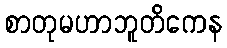
စာတုမဟာဘူတိကေန